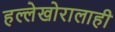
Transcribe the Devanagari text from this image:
हल्लेखोरालाही